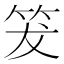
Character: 𥬒